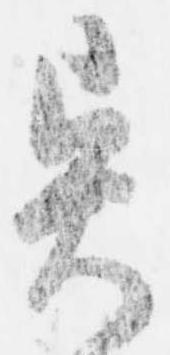
異